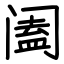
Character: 阖